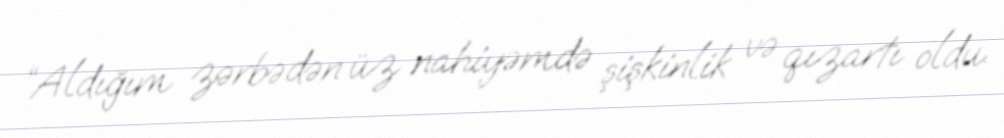
“Aldığım zərbədən üz nahiyəmdə şişkinlik və qızartı oldu.